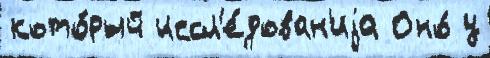
кото́рый иссл'е́дован'иjа Оно́ у